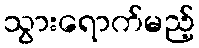
သွားရောက်မည့်